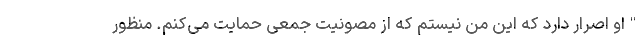
"او اصرار دارد که این من نیستم که از مصونیت جمعی حمایت می‌کنم. منظور